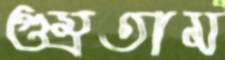
গুম্‌রতাম